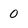
Character: 0